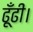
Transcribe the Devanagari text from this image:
ढूँढीं।